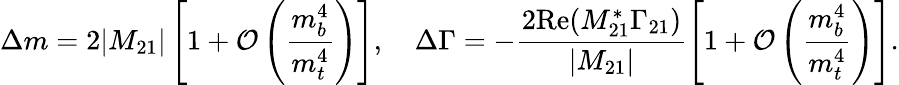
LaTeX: \Delta m=2|M_{21}|\left[1+{\cal O}\left(\frac{m_{b}^{4}}{m_{t}^{4}}\right)\right],\quad\Delta\Gamma=-\frac{2\mathrm{Re}(M_{21}^{*}\Gamma_{21})}{|M_{21}|}\left[1+{\cal O}\left(\frac{m_{b}^{4}}{m_{t}^{4}}\right)\right].